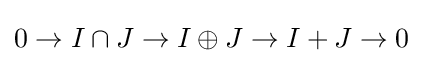
0\to I\cap J\to I\oplus J\to I+J\to 0